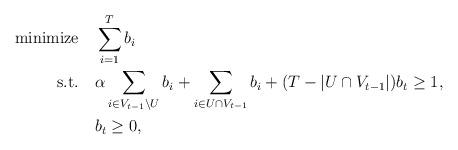
LaTeX: \begin{align*}\textrm{minimize}\quad&\sum_{i=1}^T b_i\\\textrm{s.t.}\quad&\alpha \sum_{i\in V_{t-1}\setminus U}b_i+ \sum_{i\in U\cap V_{t-1}}b_i + (T-|U\cap V_{t-1}|)b_{t} \ge 1,\\&b_t\ge 0,\end{align*}